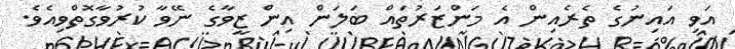
އަވި އައިނުގެ ތެރެއިން އެ މަންޒަރުތައް ބަލަން އިން ޒީވާގެ ނޭވާ ކުރުވާގޮތްވިއެވެ.